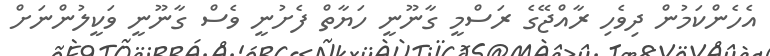
އެހެންކަމުން ދިވެހި ރާއްޖޭގެ ރަސްމީ ގާނޫނީ ހަޔާތް ފެށުނީ ވެސް ގާނޫނީ ވަކީލުންނަށް